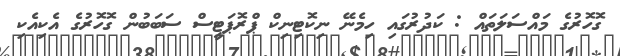
ގޮހޮރުގެ މައްސަލަތައް : ކަދުރުގައި ހިމެނޭ ނިކޮޓިނިކް ޕްރޮޕަޓީސް ސަބަބުން ގޮހޮރުގެ އެކިއެކި